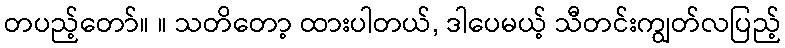
တပည့်တော်။ ။ သတိတော့ ထားပါတယ်, ဒါပေမယ့် သီတင်းကျွတ်လပြည့်